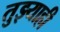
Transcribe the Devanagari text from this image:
तुझ्याही